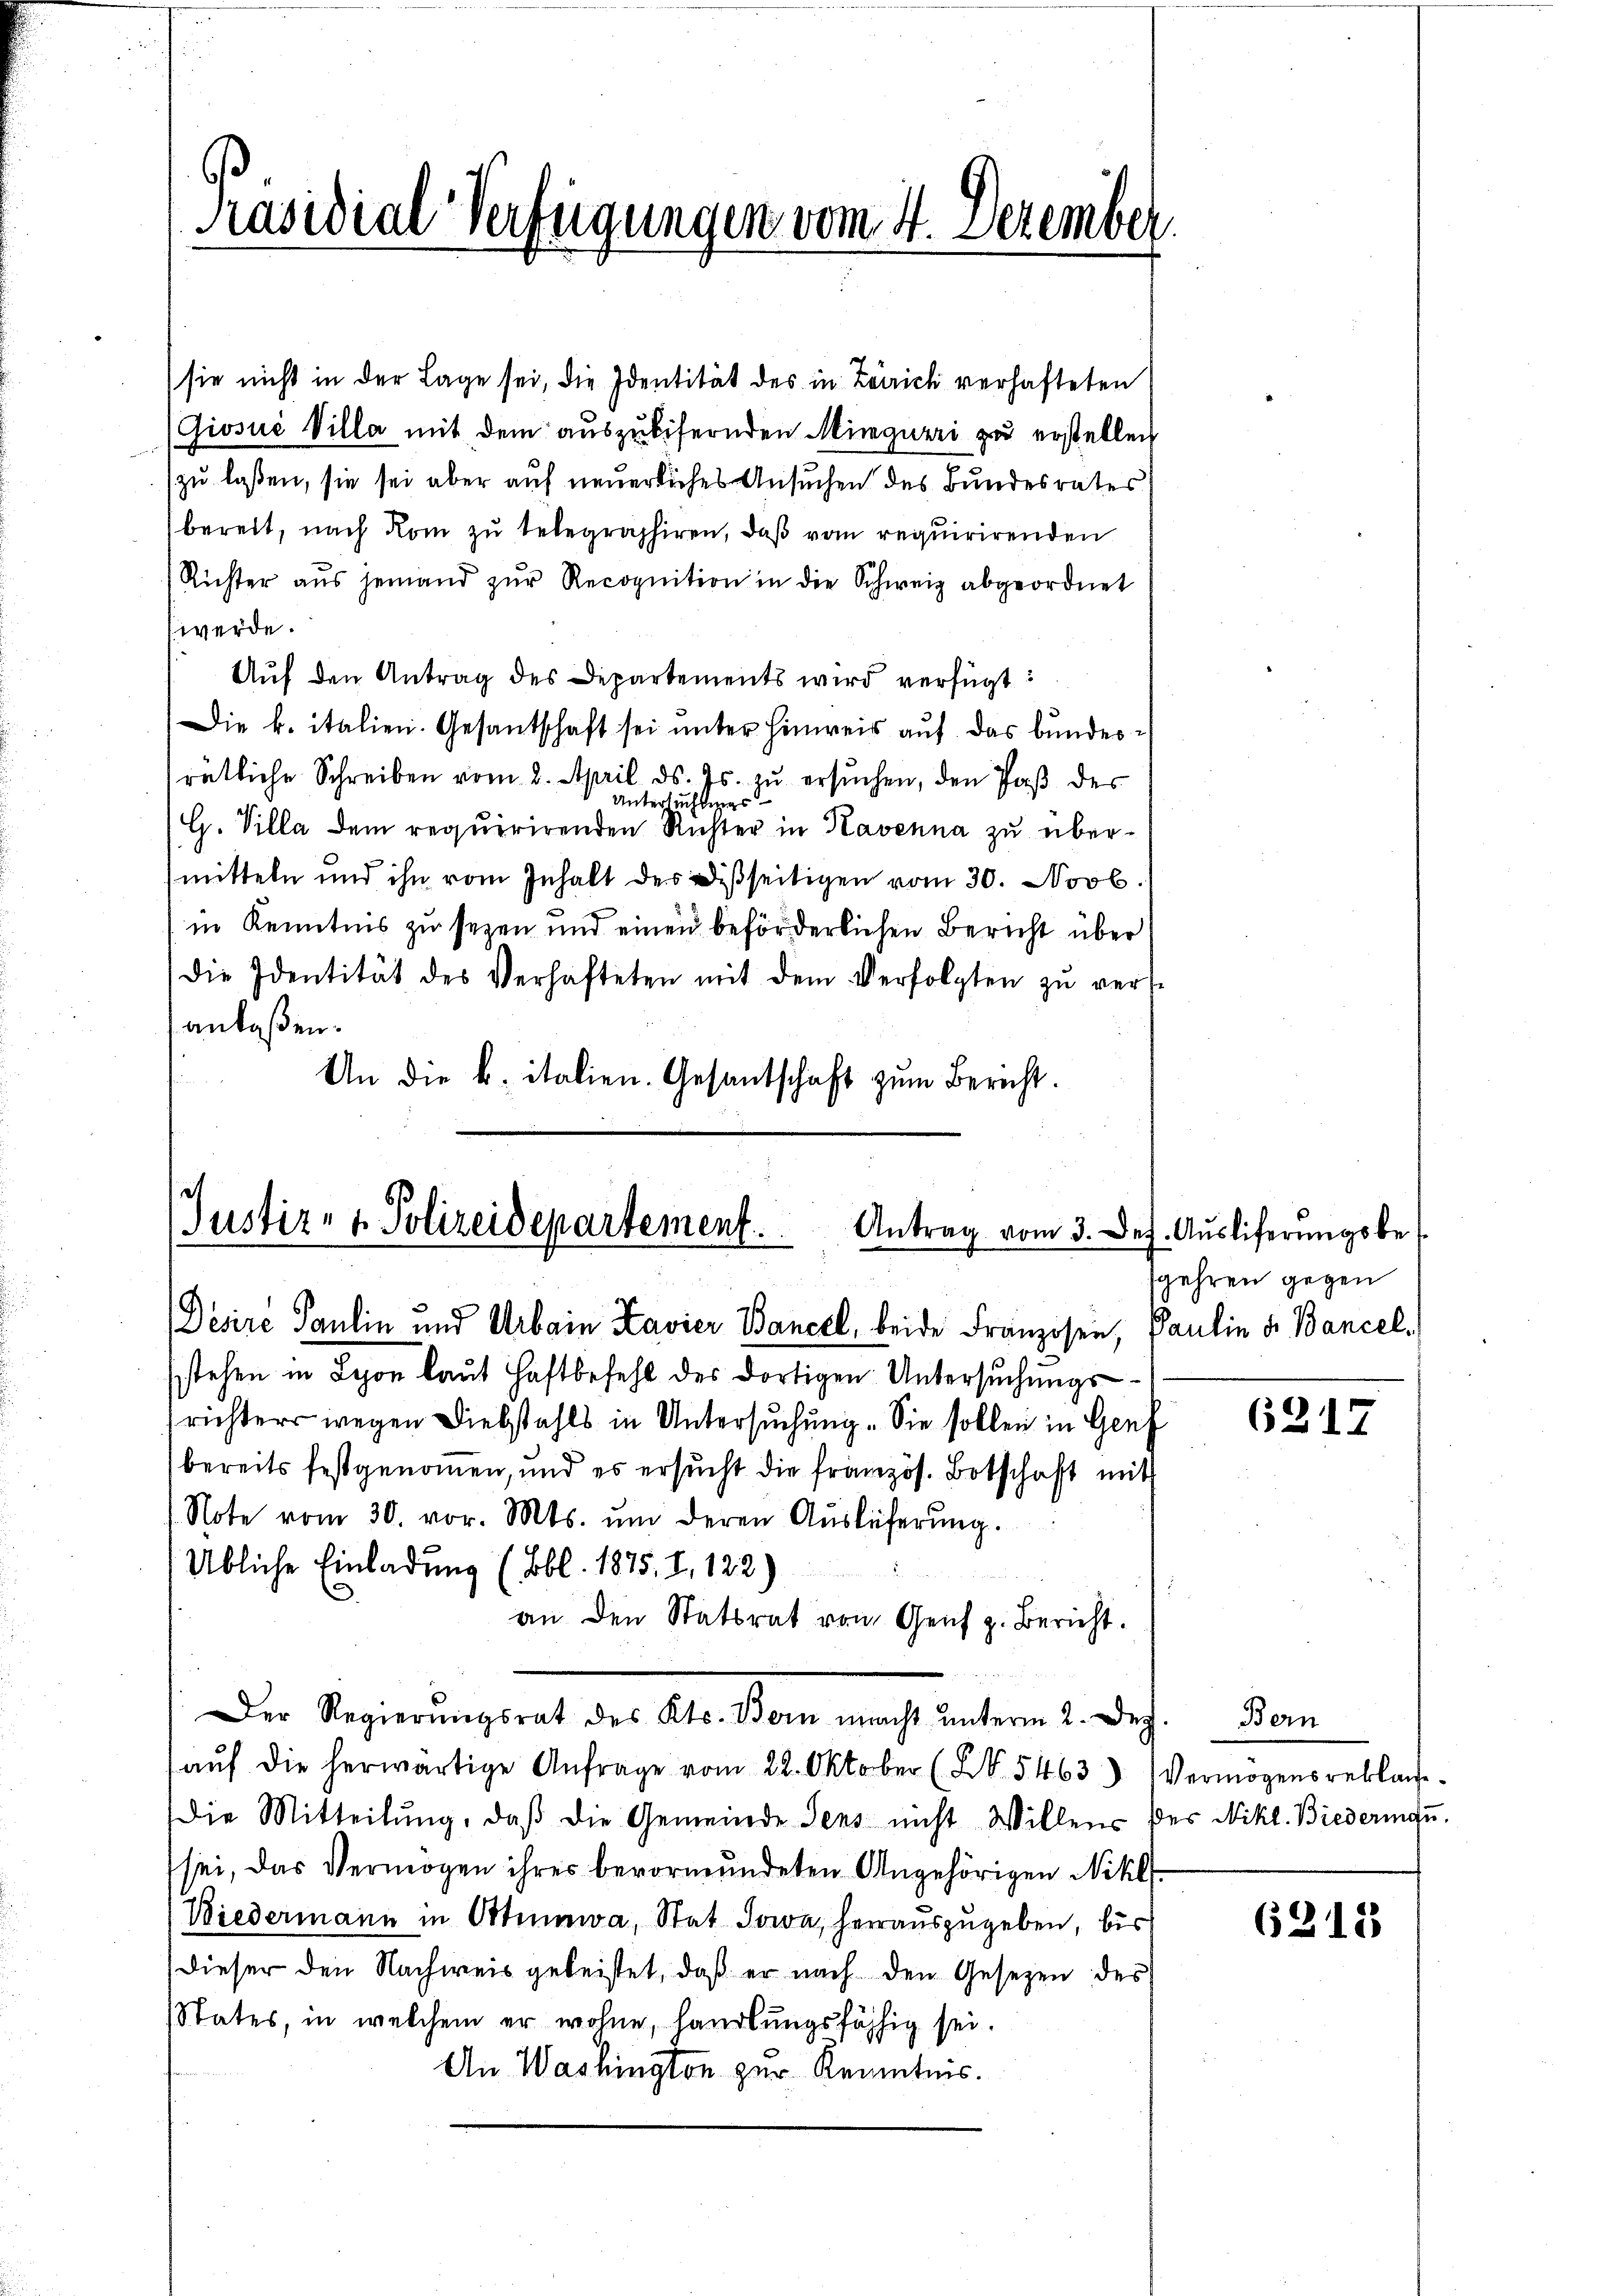
Präsidial-Verfügungen vom 4. Dezember

sie nicht in der Lage sei, die Identität des in Zürich verhafteten
(Giosuć Villa mit dem auszubifernden Mingurri zu erstellen
zu laßen, sie sei aber auf neuerliches Ansuchen des Bundesrates
bereit, nach Rom zu telegraphiren, daß vom requirirenden
Richter aus jemand zŭr Recognition in die Schweiz abgeordnet
werde.
Auf den Antrag des Departements wird verfügt:
Die k. italien. Gesantschaft sei unter Hinweis auf das bundesrätliche Schreiben vom 2. April d. Js. zŭ ersŭchen, den Paß der
Untersuchtungs
G. Villa dem requirirenden Richter in Havenna zu übermitteln und ihn vom Inhalt des Disseitigen vom 30. Novb.
in Kenntnis zu sezen und einen beförderlichen Bericht über
die Identität des Verhafteten mit dem Verfolgten zŭ verse
anlaßen.
An die B. italien. Gesantschaft zum Bericht.

Justiz- & Polizeidepartement.
Antrag vom 3. Dez. Aŭsliferŭngsbe
Desire Paulin und Urbain Kavier Bancel, beide Franzosen, Paulin v. Bancel

stehen in Leon laut Haftbefehl des dortigen Untersuchungs-
richters wegen Diebstahls in Untersuchung. Sie sollen in Genf
bereits festgenommen, und es ersŭcht die französ. Botschaft mit
Note vom 30. vor. Mts. ŭm deren Aŭslicherŭng.
Übliche Einladung (Bbl. 1875. I. 122)
aŭf die herwärtige Anfrage vom 22. Oktober (S. 5463 (Vermögensreklage.
Die Mitteilŭng, daβ die Gemeinde Sens nicht Willens des Nikl. Biederingu
sei, das Vermögen ihres bevormundeten Angehörigen Nikl.
Niedermann in Stumwa, Stat Jowa, herauszugeben, bis
dieser den Nachweis geleistet, daß er nach den Gesetzen des
States, in welchem er wohne, handlungsfähig sei.
An Washington zur Kenntnis.

an den Statsrat von Genf z. Bericht.
Der Regierŭngsrat des Kts. Bern macht ŭnterm 2. Dez.

gehren gegen

6217

Bern

6212